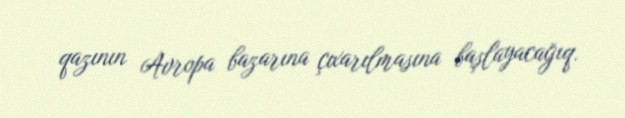
qazının Avropa bazarına çıxarılmasına başlayacağıq.